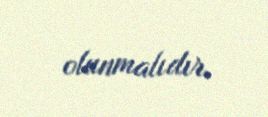
olunmalıdır.